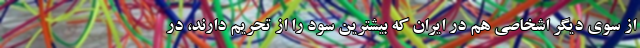
از سوی دیگر اشخاصی هم در ایران که بیشترین سود را از تحریم دارند، در